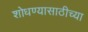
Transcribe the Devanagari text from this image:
शोधण्यासाठीच्या